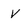
Character: V